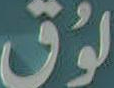
لوُق